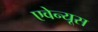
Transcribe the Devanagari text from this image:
एवेन्यूस